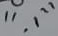
Text: "-1"